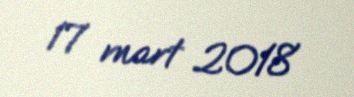
17 mart 2018